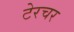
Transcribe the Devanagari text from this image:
टेरचर